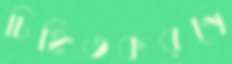
চিহ্নিতকরণে